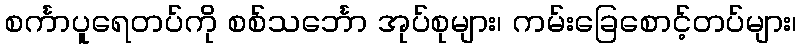
စင်္ကာပူရေတပ်ကို စစ်သင်္ဘော အုပ်စုများ၊ ကမ်းခြေစောင့်တပ်များ၊